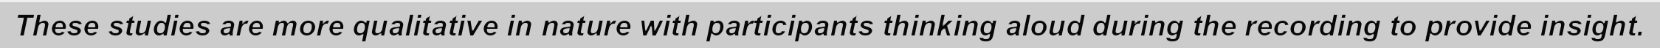
These studies are more qualitative in nature with participants thinking aloud during the recording to provide insight.